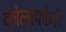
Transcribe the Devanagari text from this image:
कोलोफोनी